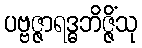
ပဗ္ဗဇ္ဇာရဒ္ဓဘိဇ္ဇိံသု